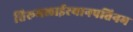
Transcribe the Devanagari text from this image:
तिरूमलाईरयानपत्तिनम